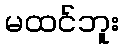
မထင်ဘူး